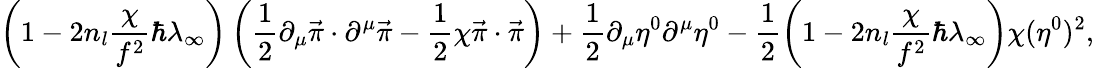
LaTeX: \left(1-2n_{l}\frac{\chi}{f^{2}}\hbar\lambda_{\infty}\right)\left(\frac{1}{2}\partial_{\mu}\vec{\pi}\cdot\partial^{\mu}\vec{\pi}-\frac{1}{2}\chi\vec{\pi}\cdot\vec{\pi}\right)+\frac{1}{2}\partial_{\mu}\eta^{0}\partial^{\mu}\eta^{0}-\frac{1}{2}\left(1-2n_{l}\frac{\chi}{f^{2}}\hbar\lambda_{\infty}\right)\chi(\eta^{0})^{2},